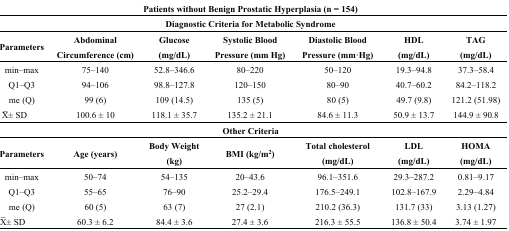
<table><thead><tr><td colspan="7"><b>Patients without Benign Prostatic Hyperplasia (n = 154)</b></td></tr><tr><td colspan="7"><b>Diagnostic Criteria for Metabolic Syndrome</b></td></tr><tr><td><b>Parameters</b></td><td><b>Abdominal Circumference (cm)</b></td><td><b>Glucose (mg/dL)</b></td><td><b>Systolic Blood Pressure (mm Hg)</b></td><td><b>Diastolic Blood Pressure (mm·Hg)</b></td><td><b>HDL (mg/dL)</b></td><td><b>TAG (mg/dL)</b></td></tr></thead><tbody><tr><td>min–max</td><td>75–140</td><td>52.8–346.6</td><td>80–220</td><td>50–120</td><td>19.3–94.8</td><td>37.3–58.4</td></tr><tr><td>Q1–Q3</td><td>94–106</td><td>98.8–127.8</td><td>120–150</td><td>80–90</td><td>40.7–60.2</td><td>84.2–118.2</td></tr><tr><td>me (Q)</td><td>99 (6)</td><td>109 (14.5)</td><td>135 (5)</td><td>80 (5)</td><td>49.7 (9.8)</td><td>121.2 (51.98)</td></tr><tr><td><overline>X</overline>± SD</td><td>100.6 ± 10</td><td>118.1 ± 35.7</td><td>135.2 ± 21.1</td><td>84.6 ± 11.3</td><td>50.9 ± 13.7</td><td>144.9 ± 90.8</td></tr><tr><td colspan="7"><b>Other Criteria</b></td></tr><tr><td><b>Parameters</b></td><td><b>Age (years)</b></td><td><b>Body Weight (kg)</b></td><td><b>BMI (kg/m<sup>2</sup>)</b></td><td><b>Total cholesterol (mg/dL)</b></td><td><b>LDL (mg/dL)</b></td><td><b>HOMA (mg/dL)</b></td></tr><tr><td>min–max</td><td>50–74</td><td>54–135</td><td>20–43.6</td><td>96.1–351.6</td><td>29.3–287.2</td><td>0.81–9.17</td></tr><tr><td>Q1–Q3</td><td>55–65</td><td>76–90</td><td>25.2–29.4</td><td>176.5–249.1</td><td>102.8–167.9</td><td>2.29–4.84</td></tr><tr><td>me (Q)</td><td>60 (5)</td><td>63 (7)</td><td>27 (2.1)</td><td>210.2 (36.3)</td><td>131.7 (33)</td><td>3.13 (1.27)</td></tr><tr><td><overline>X</overline>± SD</td><td>60.3 ± 6.2</td><td>84.4 ± 3.6</td><td>27.4 ± 3.6</td><td>216.3 ± 55.5</td><td>136.8 ± 50.4</td><td>3.74 ± 1.97</td></tr></tbody></table>